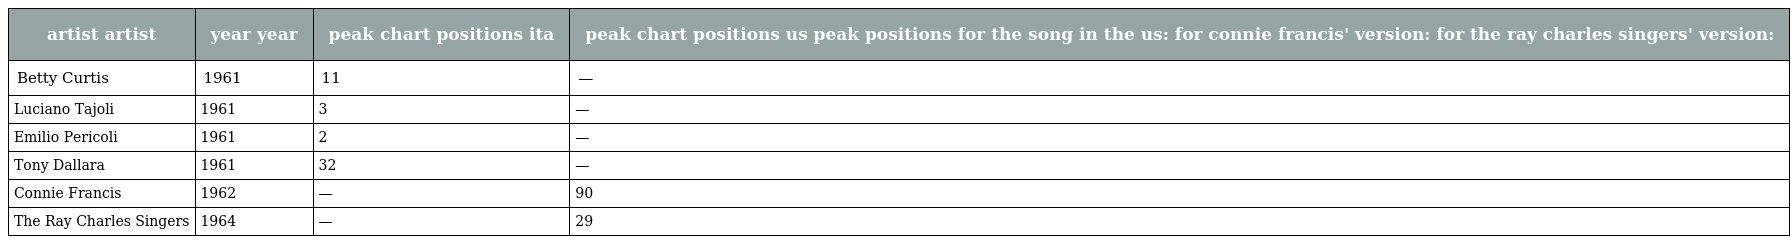
| artist artist | year year | peak chart positions ita | peak chart positions us peak positions for the song in the us: for connie francis' version: for the ray charles singers' version: |
 | --- | --- | --- | --- |
 | Betty Curtis | 1961 | 11 | — |
 | Luciano Tajoli | 1961 | 3 | — |
 | Emilio Pericoli | 1961 | 2 | — |
 | Tony Dallara | 1961 | 32 | — |
 | Connie Francis | 1962 | — | 90 |
 | The Ray Charles Singers | 1964 | — | 29 |